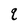
Character: q